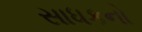
સાધકનો